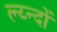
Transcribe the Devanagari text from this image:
ल्य्न्दों